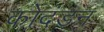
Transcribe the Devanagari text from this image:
कोदंडन